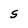
Character: S